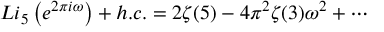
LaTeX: L i _ { 5 } \left( e ^ { 2 \pi i \omega } \right) + h . c . = 2 \zeta ( 5 ) - 4 \pi ^ { 2 } \zeta ( 3 ) \omega ^ { 2 } + \cdots